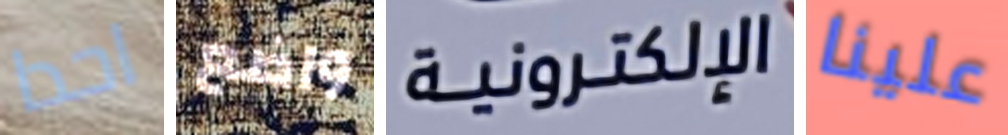
احدا واضع الإلكترونية علينا